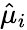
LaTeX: \hat{\mu}_{i}